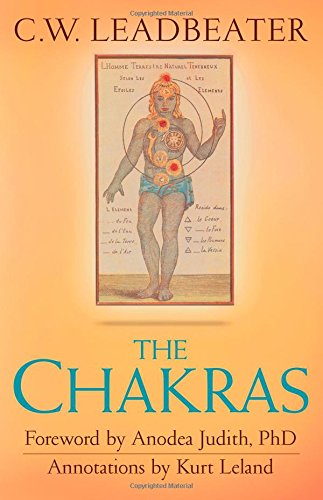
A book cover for The Chakras; C W Leadbeater; Religion & Spirituality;